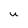
Character: U